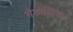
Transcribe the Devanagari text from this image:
गैडोलियम